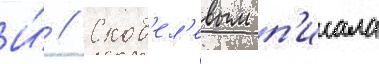
И́ // Скоб'ел'евым п'исала